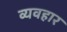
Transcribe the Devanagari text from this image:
व्यवहार